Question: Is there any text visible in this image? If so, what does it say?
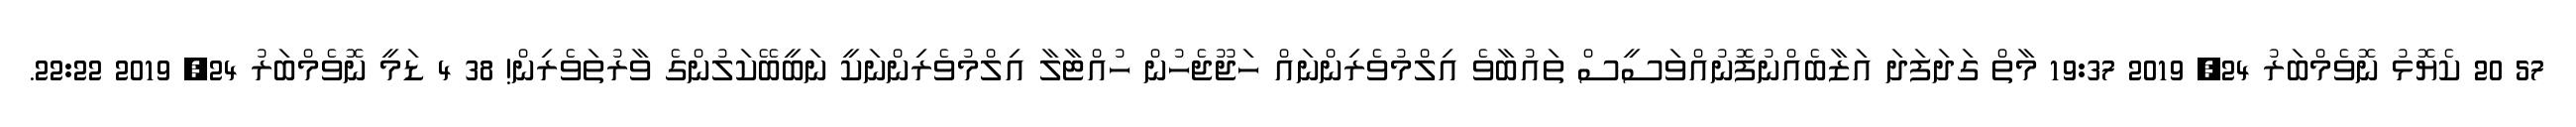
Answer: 57 20 ކެޔޮޅު ނޮވެމްބަރު 24, 2019 19:37 މާތް ގަދަފަދަ އަޒާބެއްނުފޮނުއްވަސީސް ތައުބާވެ އިލްމުވެރިންނައް ހަޖޫޖެހުން ހުއްޓާލާ އިލްމުވެރިންނަކީ ނަބީބޭކަލުންގެ ވާރުތަވެރިން! 38 4 ޑަމީ ނޮވެމްބަރު 24, 2019 22:22.